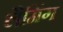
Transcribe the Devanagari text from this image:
लैमिंग